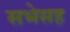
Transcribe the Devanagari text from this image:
सभेसह